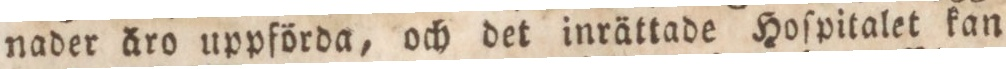
nader äro uppförda, och det inrättade Hoſpitalet kan